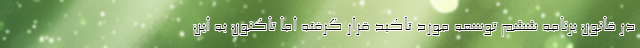
در قانون برنامه ششم توسعه مورد تاکید قرار گرفته اما تاکنون به این